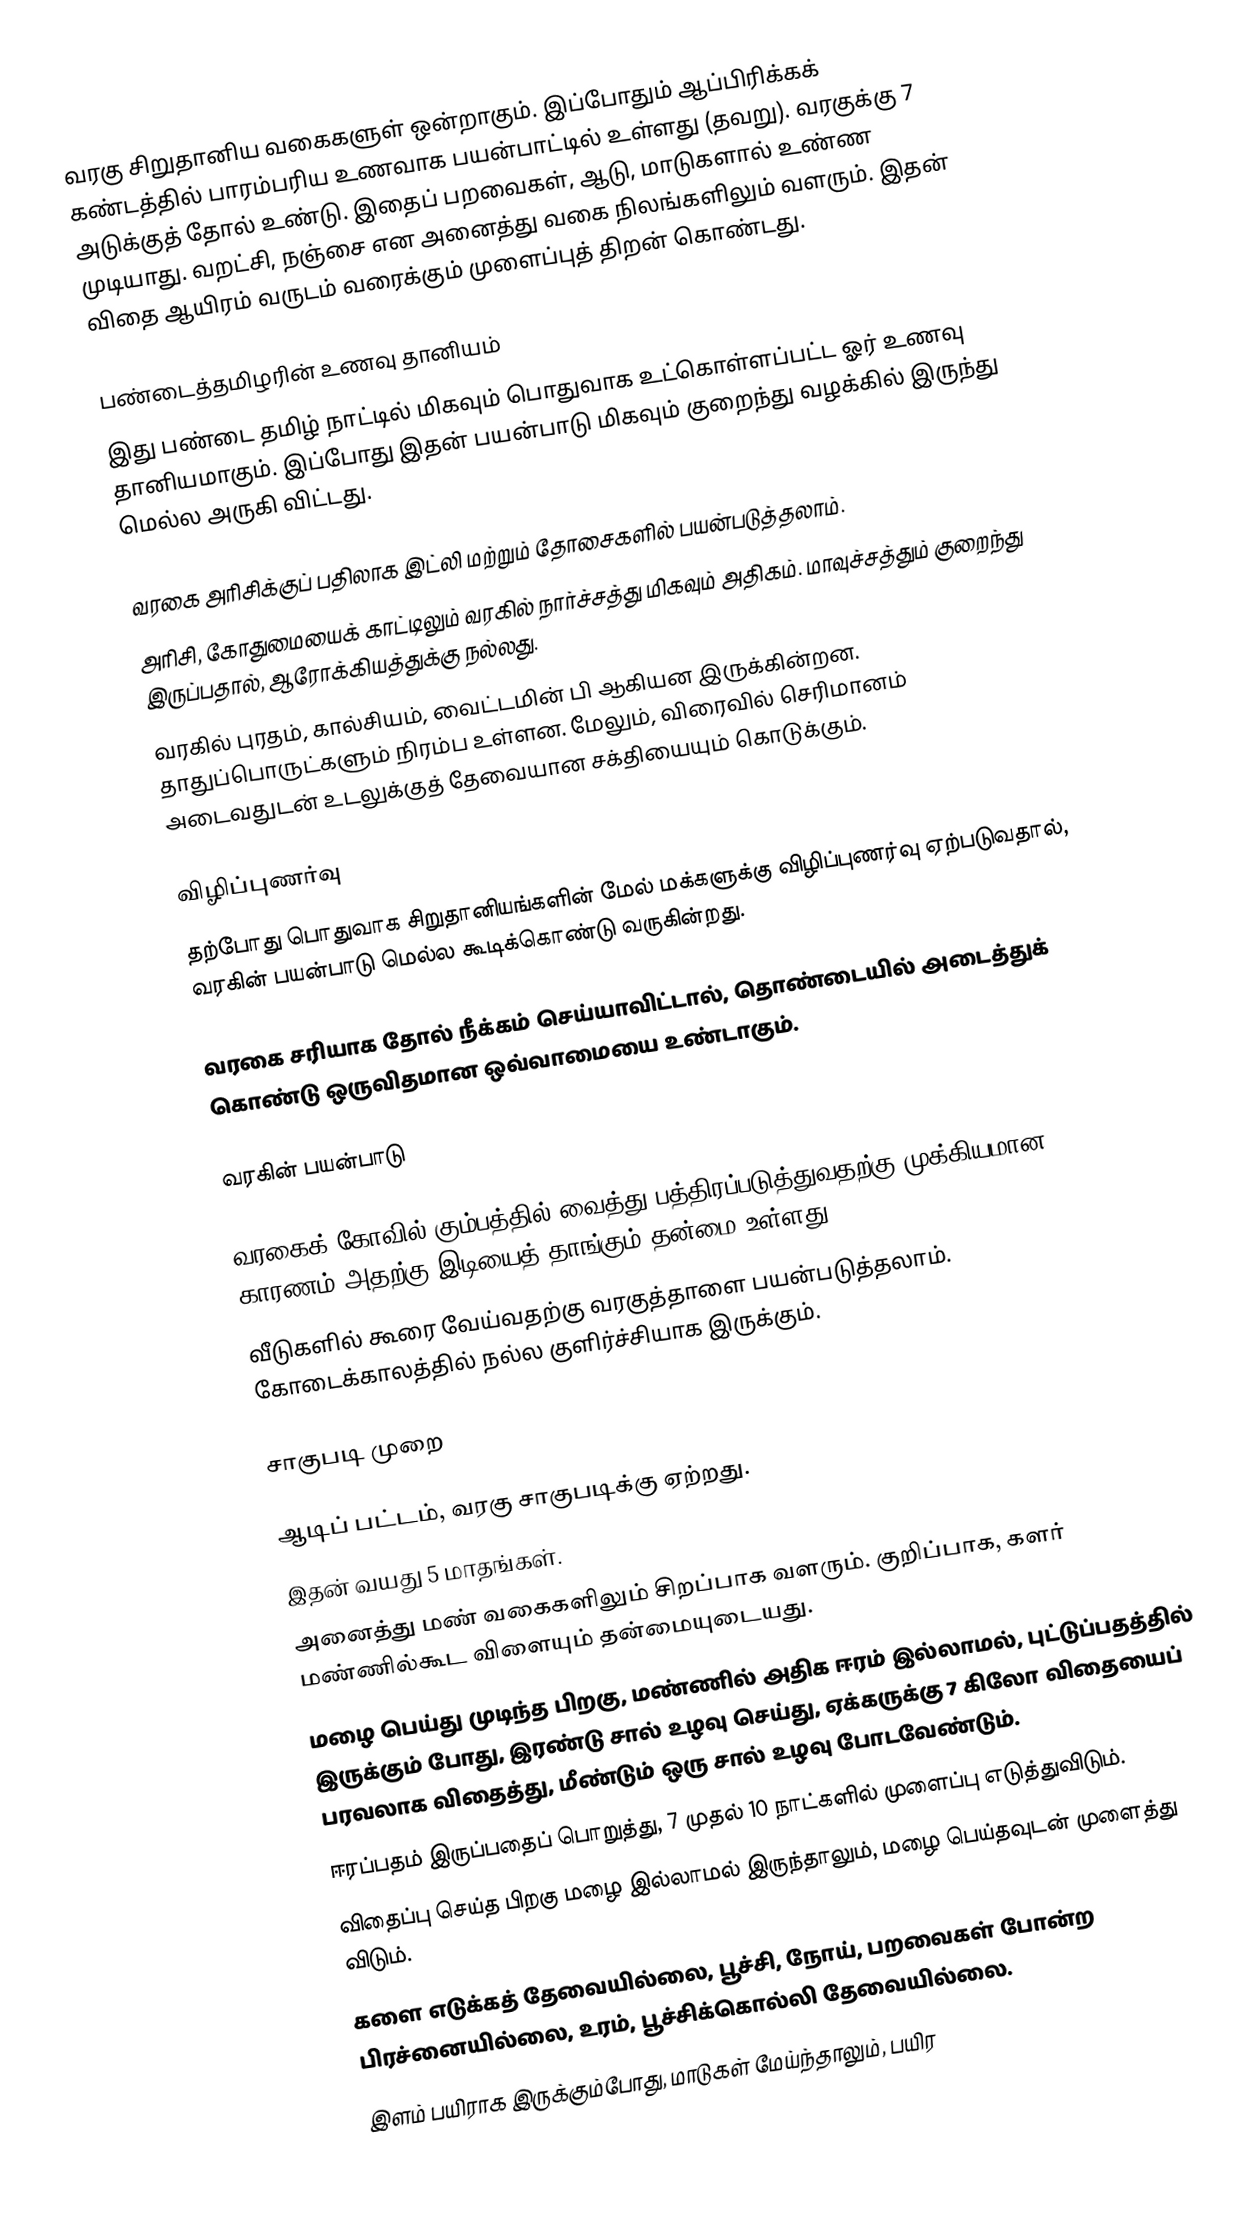
வரகு சிறுதானிய வகைகளுள் ஒன்றாகும். இப்போதும் ஆப்பிரிக்கக் கண்டத்தில் பாரம்பரிய உணவாக பயன்பாட்டில் உள்ளது (தவறு). வரகுக்கு 7 அடுக்குத் தோல் உண்டு. இதைப் பறவைகள், ஆடு, மாடுகளால் உண்ண முடியாது. வறட்சி, நஞ்சை என அனைத்து வகை நிலங்களிலும்  வளரும். இதன் விதை ஆயிரம் வருடம் வரைக்கும் முளைப்புத் திறன் கொண்டது.

பண்டைத்தமிழரின் உணவு தானியம்
இது பண்டை தமிழ் நாட்டில் மிகவும் பொதுவாக உட்கொள்ளப்பட்ட ஓர் உணவு தானியமாகும். இப்போது இதன் பயன்பாடு மிகவும் குறைந்து வழக்கில் இருந்து மெல்ல அருகி விட்டது.

 வரகை அரிசிக்குப் பதிலாக இட்லி மற்றும் தோசைகளில் பயன்படுத்தலாம்.
 அரிசி, கோதுமையைக் காட்டிலும் வரகில் நார்ச்சத்து மிகவும் அதிகம்.  மாவுச்சத்தும் குறைந்து இருப்பதால், ஆரோக்கியத்துக்கு நல்லது.
 வரகில் புரதம், கால்சியம், வைட்டமின் பி ஆகியன இருக்கின்றன. தாதுப்பொருட்களும் நிரம்ப உள்ளன. மேலும், விரைவில் செரிமானம் அடைவதுடன் உடலுக்குத் தேவையான சக்தியையும் கொடுக்கும்.

விழிப்புணர்வு
தற்போது பொதுவாக சிறுதானியங்களின் மேல் மக்களுக்கு விழிப்புணர்வு ஏற்படுவதால், வரகின் பயன்பாடு மெல்ல கூடிக்கொண்டு வருகின்றது.

வரகை சரியாக தோல் நீக்கம் செய்யாவிட்டால், தொண்டையில் அடைத்துக் கொண்டு ஒருவிதமான ஒவ்வாமையை உண்டாகும்.

வரகின் பயன்பாடு

 வரகைக் கோவில் கும்பத்தில் வைத்து பத்திரப்படுத்துவதற்கு முக்கியமான காரணம் அதற்கு இடியைத் தாங்கும் தன்மை உள்ளது.
 வீடுகளில் கூரை வேய்வதற்கு வரகுத்தாளை பயன்படுத்தலாம். கோடைக்காலத்தில் நல்ல குளிர்ச்சியாக இருக்கும்.

சாகுபடி முறை

 ஆடிப் பட்டம், வரகு சாகுபடிக்கு ஏற்றது.
 இதன் வயது 5 மாதங்கள்.
 அனைத்து மண் வகைகளிலும் சிறப்பாக வளரும். குறிப்பாக, களர் மண்ணில்கூட விளையும் தன்மையுடையது.
 மழை பெய்து முடிந்த பிறகு, மண்ணில் அதிக ஈரம் இல்லாமல், புட்டுப்பதத்தில் இருக்கும் போது, இரண்டு சால் உழவு செய்து, ஏக்கருக்கு 7 கிலோ விதையைப் பரவலாக விதைத்து, மீண்டும் ஒரு சால் உழவு போடவேண்டும்.
 ஈரப்பதம் இருப்பதைப் பொறுத்து, 7 முதல் 10 நாட்களில் முளைப்பு எடுத்துவிடும்.
 விதைப்பு செய்த பிறகு மழை இல்லாமல் இருந்தாலும், மழை பெய்தவுடன் முளைத்து விடும்.
 களை எடுக்கத் தேவையில்லை, பூச்சி, நோய், பறவைகள் போன்ற பிரச்னையில்லை, உரம், பூச்சிக்கொல்லி தேவையில்லை.
 இளம் பயிராக இருக்கும்போது, மாடுகள் மேய்ந்தாலும், பயிர